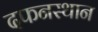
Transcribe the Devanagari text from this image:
दफनस्थान